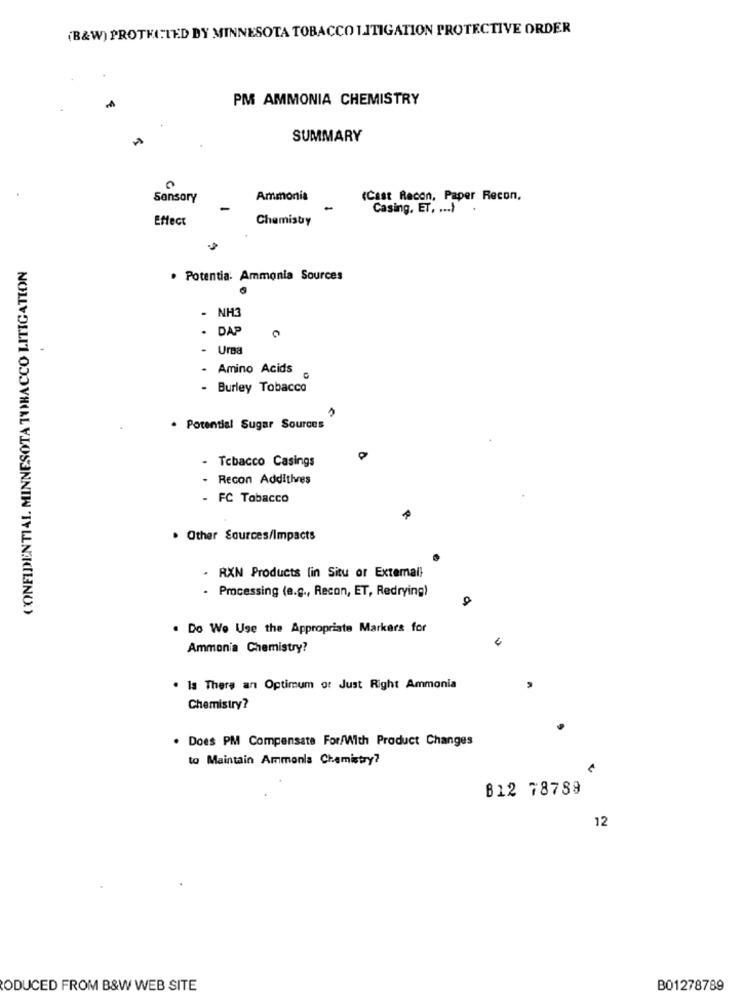
(B&W) PROTHITED DY MINNESOTA TOBACCO LITIGATION PROTECTIVE ORDER
PM AMMONIA CHEMISTRY
SUMMARY
Sensory
Ammonia
(Cast Recon, Paper Recon,
-
Casing, ET. ... )
Effect
Chemistry
CONFIDENTIAL. MINNESOTA TOBACCO LITIGATION
. Potentia: Ammonia Sources
- NH3
. DAP
UrBa
- Amino Acids
- Burley Tobacco
. Potential Sugar Sources
- Tobacco Casings
- Recon Addithres
FC Tobacco
. Other Sources/Impacts
. RXN Products (in Situ or External)
- Processing (e.g ., Recon, ET, Redrying)
. Do We Use the Appropriate Markers for
Ammonia Chemistry?
. Is There an Optimum or Just Right Ammonia
Chemistry?
Does PM Compensate For/With Product Changes
to Maintain Ammonla Chemistry?
B12 78789
12
ODUCED FROM B&W WEB SITE
B01278789